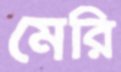
মেরি